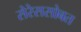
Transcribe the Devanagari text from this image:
सेरेससोबत